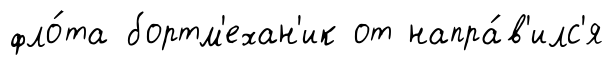
фло́та бортм'ехан'ик от напра́в'илс'я